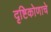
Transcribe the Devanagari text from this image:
दृष्टिकोणाचे